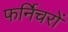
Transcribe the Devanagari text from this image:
फर्निचरों